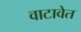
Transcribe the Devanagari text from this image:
वाटावेत